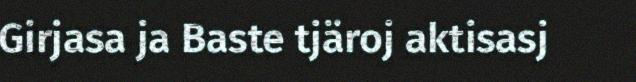
Girjasa ja Baste tjäroj aktisasj